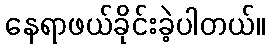
နေရာဖယ်ခိုင်းခဲ့ပါတယ်။